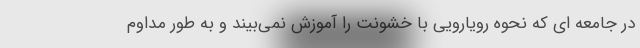
در جامعه ای که نحوه رویارویی با خشونت را آموزش نمی‌بیند و به طور مداوم